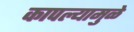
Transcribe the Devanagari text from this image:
कापल्यामुळे